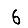
Digit: 6